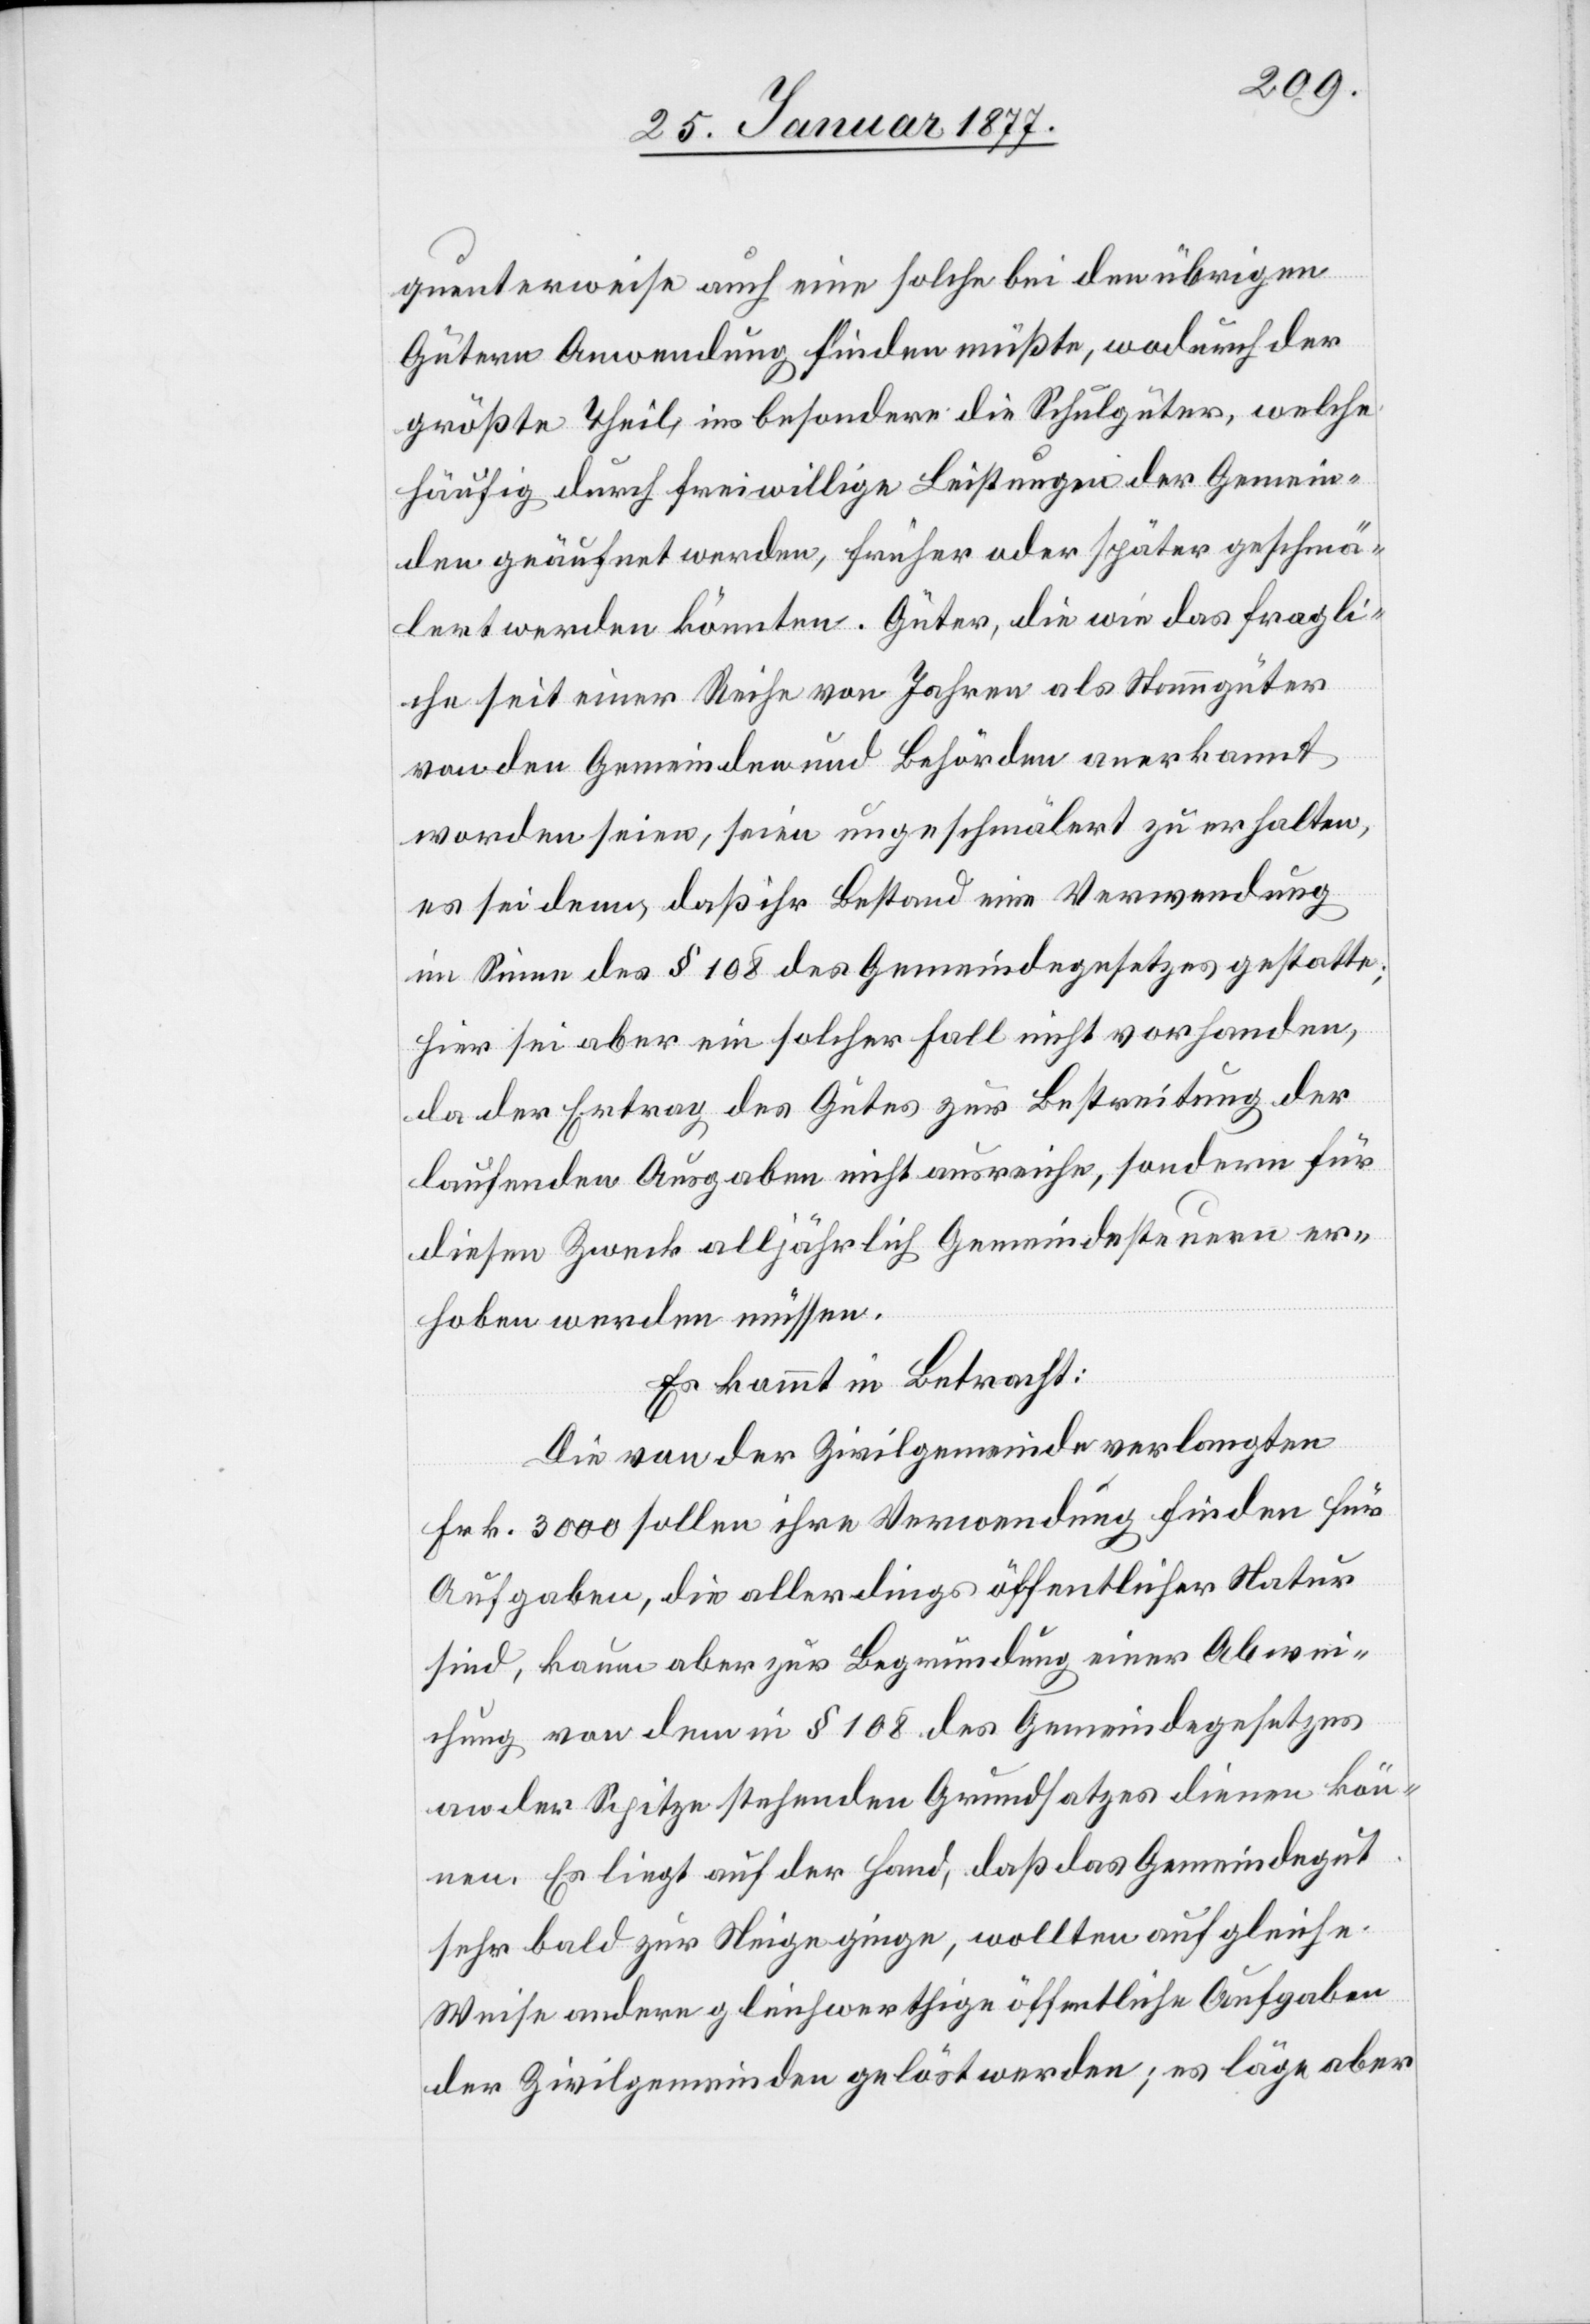
quenterweise auch eine solche bei den übrigen
Gütern Anwendung finden müßte, wodurch der
größte Theil, ins besondere die Schulgüter, welche
häufig durch freiwillige Leistungen der Gemein¬
den geäufnet werden, früher oder später geschmä¬
lert werden könnten. Güter, die wie das fragli¬
che seit einer Reihe von Jahren als Stammgüter
von den Gemeinden und Behörden anerkannt
worden seien, seien ungeschmälert zu erhalten,
es sei denn, daß ihr Bestand eine Verwendung
im Sinne des § 108 des Gemeindegesetzes gestatte;
hier sei aber ein solcher Fall nicht vorhanden,
da der Ertrag des Gutes zur Bestreitung der
laufenden Ausgaben nicht ausreiche, sondern für
diesen Zweck alljährlich Gemeindesteuern er¬
hoben werden müssen.
Es kommt in Betracht:
Die von der Zivilgemeinde verlangten
Frk. 3000 sollen ihre Verwendung finden für
Ausgaben, die allerdings öffentlicher Natur
sind, kaum aber zur Begründung einer Abwei¬
chung von dem in § 108 des Gemeindegesetzes
an der Spitze stehenden Grundsatzes dienen kön¬
nen. Es liegt auf der Hand, daß das Gemeindegut
sehr bald zur Neige ginge, wollten auf gleiche
Weise andere gleichwerthige öffentliche Aufgaben
der Zivilgemeinden gelöst werden; es läge aber